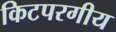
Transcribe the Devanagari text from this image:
किटपरगीय